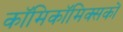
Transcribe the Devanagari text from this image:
काॅमिकॉमिक्सकों